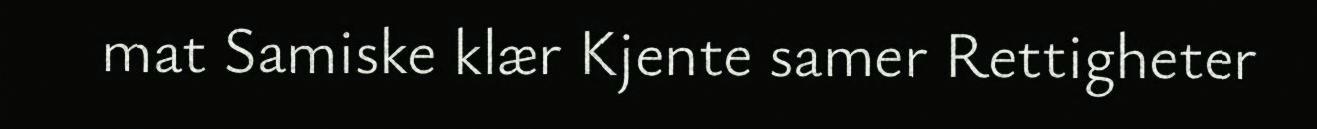
mat Samiske klær Kjente samer Rettigheter